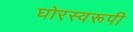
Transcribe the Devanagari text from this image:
घोरस्वरूपी